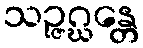
သဉ္ဇဂ္ဃန္တေ